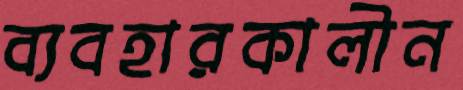
ব্যবহারকালীন